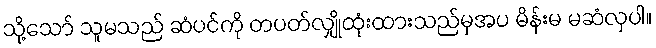
သို့သော် သူမသည် ဆံပင်ကို တပတ်လျှိုထုံးထားသည်မှအပ မိန်းမ မဆံလှပါ။